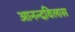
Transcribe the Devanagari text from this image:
आनन्दविलास